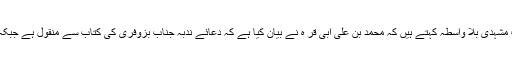
وہ یہ کہ پہلی سند میں جو کمزوری نظر آرہی ہے و ہ دوسری سند میں نہیں ہے جناب مشہدی بلا واسطہ کہتے ہیں کہ محمد بن علی ابی قر ہ نے بیان کیا ہے کہ دعائے ندبہ جناب بزوفری کی کتاب سے منقول ہے جبکہ پہلی سند میں سید ابن طاوؤس فرماتے ہیں کہ ہمارے بعض اصحاب نے یوں کہا ہے۔